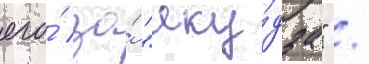
его́ за́ "яку́дза" /